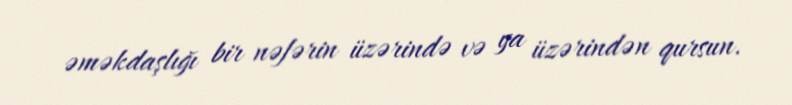
əməkdaşlığı bir nəfərin üzərində və ya üzərindən qursun.